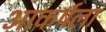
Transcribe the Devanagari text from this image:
आकर्षला